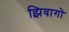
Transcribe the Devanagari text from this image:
झिवागो